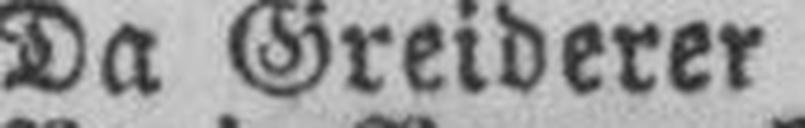
Da Greiderer